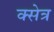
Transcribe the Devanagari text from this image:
क्सेत्र